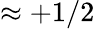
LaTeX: \approx+1/2